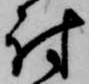
討